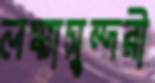
লঙ্কাসুন্দরী